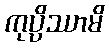
ကုပ္ပိဿာမိ